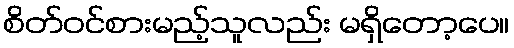
စိတ်ဝင်စားမည့်သူလည်း မရှိတော့ပေ။